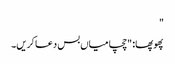
"
پھوپھا: "چچا میاں بس دعا کریں۔